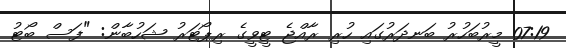
07:19 މީރުބަހުރު ބަނދަރުގައި ހުރި ރާއްޖެ ޓީވީގެ ރިޕޯޓަރު ޝަހުބާން: "ފަސް ބޯޓު